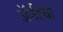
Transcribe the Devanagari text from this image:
अॅनीचा